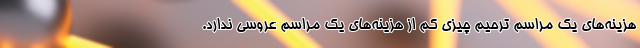
هزینه‌های یک مراسم ترحیم چیزی کم از هزینه‌های یک مراسم عروسی ندارد.